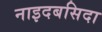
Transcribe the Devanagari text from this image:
नाइदबसिदा